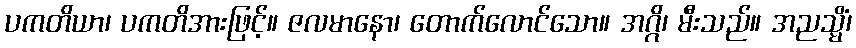
ပကတိယာ၊ ပကတိအားဖြင့်။ ဇလမာနော၊ တောက်လောင်သော။ အဂ္ဂိ၊ မီးသည်။ အညသ္မိံ၊